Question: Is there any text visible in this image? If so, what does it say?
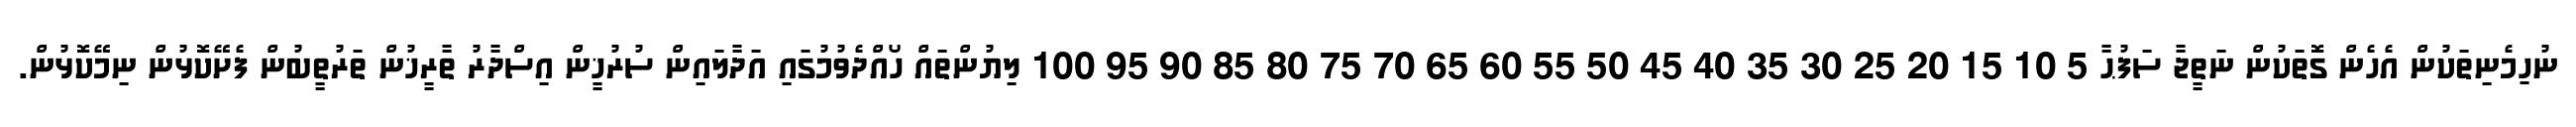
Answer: ނުހިމެނިތަކުން އެހެން ގޮތަކުން ނަތީޖާ ސަފުޙާ 5 10 15 20 25 30 35 40 45 50 55 60 65 70 75 80 85 90 95 100 ލިޔުންތައް ހޯއްދެވުމުގައި އަދާލައިން ސުރުޚީން އިސްދާރު ތާރީޚުން ތަރުތީބުން ފެށޭކޮޅުން ނިމޭކޮޅުން.